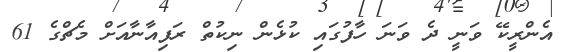
އެންރީކޭ ވަނީ ދެ ވަނަ ހާފުގައި ކުޅެން ނިކުތް ރަފިއާނާއަށް މެޗްގެ 61